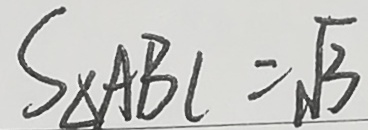
S _ { \Delta } A B C = \sqrt { 3 }